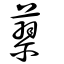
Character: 蓼